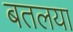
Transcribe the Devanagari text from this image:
बतलया